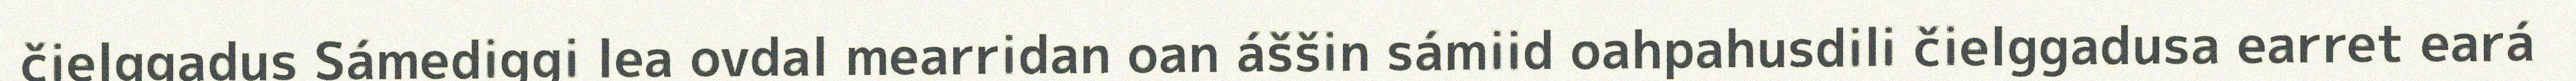
čielggadus Sámediggi lea ovdal mearridan oan áššin sámiid oahpahusdili čielggadusa earret eará